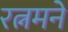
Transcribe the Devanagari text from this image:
रत्नमने